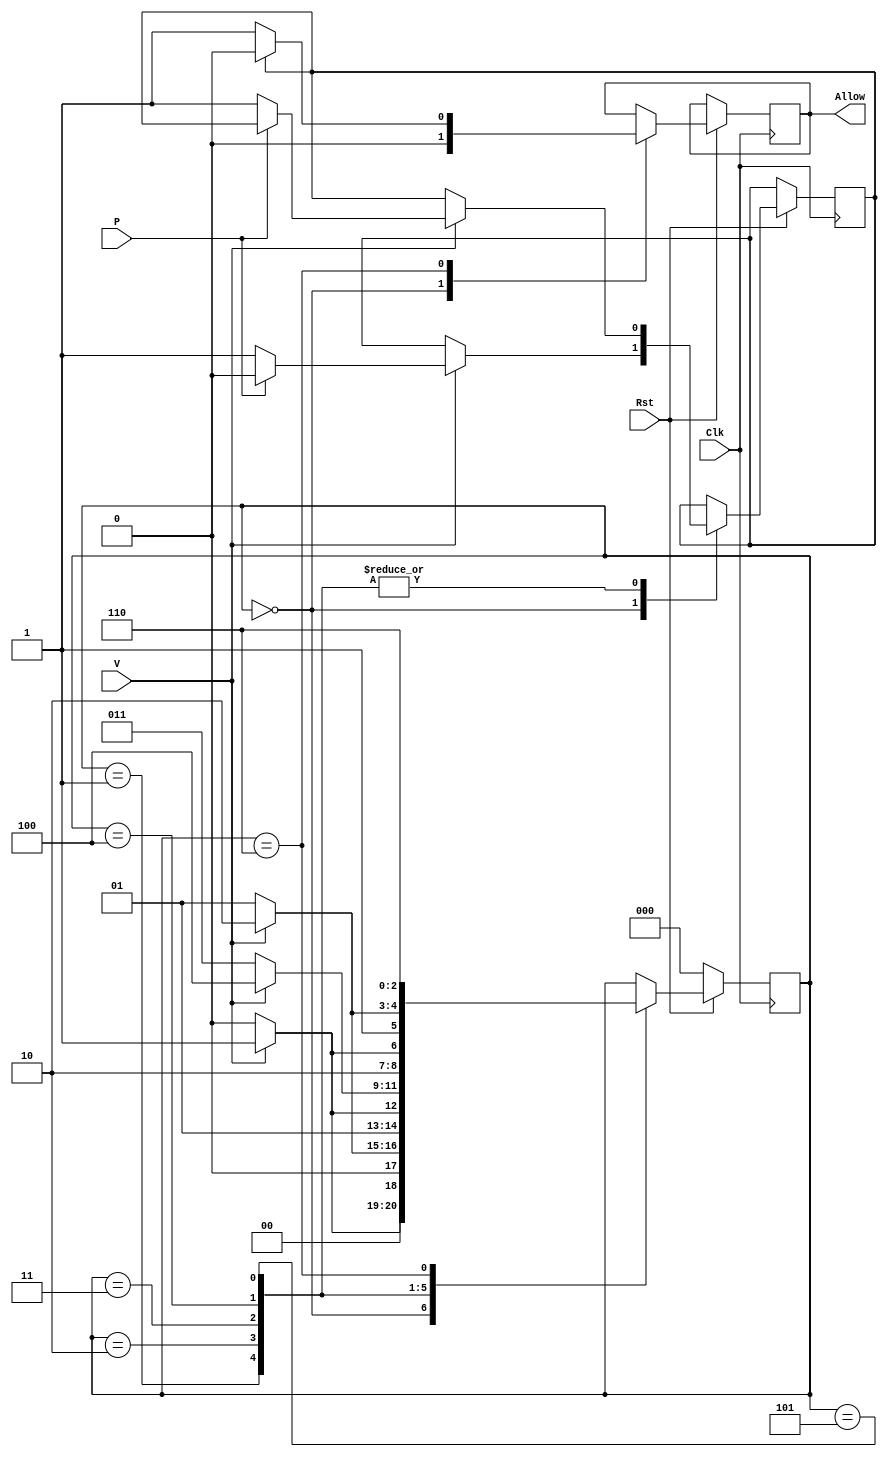
//Course Number:6370
module AccessControl(P,V,Allow,Clk,Rst);
 input P,V,Clk,Rst;
 output Allow;
 reg Allow;
 reg Flag;
 reg [2:0]State;
 parameter INIT=0,B1=1,B2=2,B3=3,B4=4,B5=5,VALID=6;
always@(posedge Clk)
 begin
  if(Rst==1)
  begin
   case(State)
    INIT:
     begin
    Allow<=1'b0;
     if(V==1)     
      begin
       Flag<=0;
       if(P!=1)
        begin
         Flag<=1'b1;
        end
       State<=B1;
      end
     else
      begin
       State<=INIT;
      end  
    end
   B1:
    begin
      if(V==1)
       begin
        if(P!=1)
         begin
         Flag<=1'b1;
         end
        State<=B2;
       end
       else
     begin
     State<=B1;
     end
    end
  B2:
   begin
    if(V==1)
     begin
      if(P!=1)
       begin
        Flag<=1'b1;
       end
       State<=B3;
      end
      else
       begin
       State<=B2;
       end
    end
  B3:
   begin
     if(V==1)
      begin
      if(P!=1)
       begin
        Flag<=1'b1;
       end
      State<=B4;
     end
    else
    begin
     State<=B3;
     end
    end
  B4:
   begin
     if(V==1)
      begin
      if(P!=1)
        begin
         Flag<=1'b1;
        end
      State<=B5;
      end
      else
       begin
        State<=B4;
       end
   end   
   B5:
    begin
     if(V==1)
      begin
       if(P!=1)
        begin
        Flag<=1'b1;
        end
       State<=VALID;
      end 
      else
       begin
        State<=B5;
       end
    end
   VALID:
    begin
     if(Flag==0)
      begin
       Allow<=1'b1;
      end
     else
      begin
       Allow<=1'b0; 
      end
      State<=VALID;
    end
   endcase
 end
 else
  if(Rst==0)
   begin
   State<=INIT;
   end
   else
  begin
   Allow<=1'b0;
   Flag<=1'b0;
   end
end
endmodule